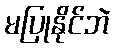
မပြုနိုင်ဘဲ